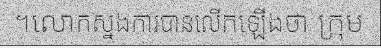
។លោកស្នងការបានលើកឡើងថា ក្រុម